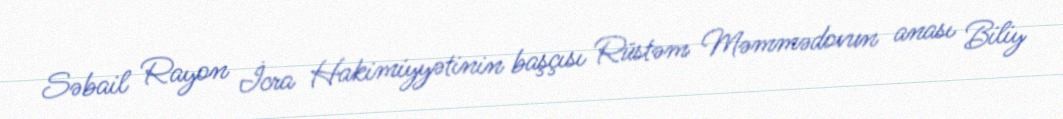
Səbail Rayon İcra Hakimiyyətinin başçısı Rüstəm Məmmədovun anası Biliy